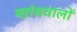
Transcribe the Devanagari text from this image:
फ्ऱांसवालों